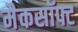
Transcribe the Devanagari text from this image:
मैकसॉफ्ट